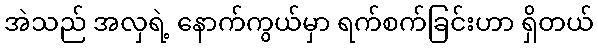
အဲသည် အလှရဲ့ နောက်ကွယ်မှာ ရက်စက်ခြင်းဟာ ရှိတယ်